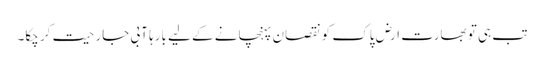
تب ہی تو بھارت ارض پاک کو نقصان پہنچانے کے لیے بارہا آبی جارحیت کر چکا۔